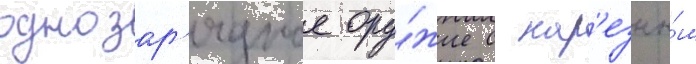
однозар'ядное ору́жие с нар'езны́м